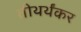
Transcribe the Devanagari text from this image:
तीथर्थंकर